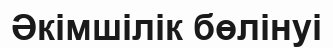
Әкімшілік бөлінуі